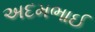
અદમભાઈ